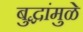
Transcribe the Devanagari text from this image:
बुद्धांमुळे